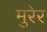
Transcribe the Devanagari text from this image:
मुरेर